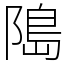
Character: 﨩